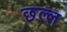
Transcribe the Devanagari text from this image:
छल्ल